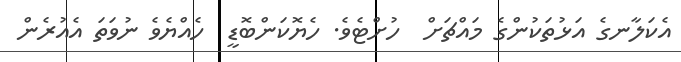
އެކަލާނގެ އަޅުތަކުންގެ މައްޗަށް  ހުށްޓެވެ. ހެޔޮކަންބޮޑީ  ހެއްޔެވެ ނުވަތަ އެއުރެން